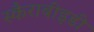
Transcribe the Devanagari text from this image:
स्कैराबीइडी